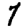
Digit: 7